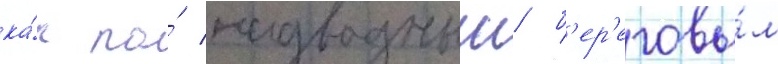
ка́к по́ надводным/ б'ер'еговы́м